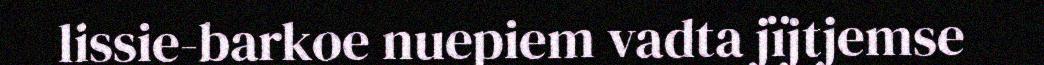
lissie-barkoe nuepiem vadta jïjtjemse